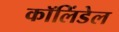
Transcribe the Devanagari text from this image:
कॉलिंडेल